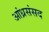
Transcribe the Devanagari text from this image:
आंध्रसंसद